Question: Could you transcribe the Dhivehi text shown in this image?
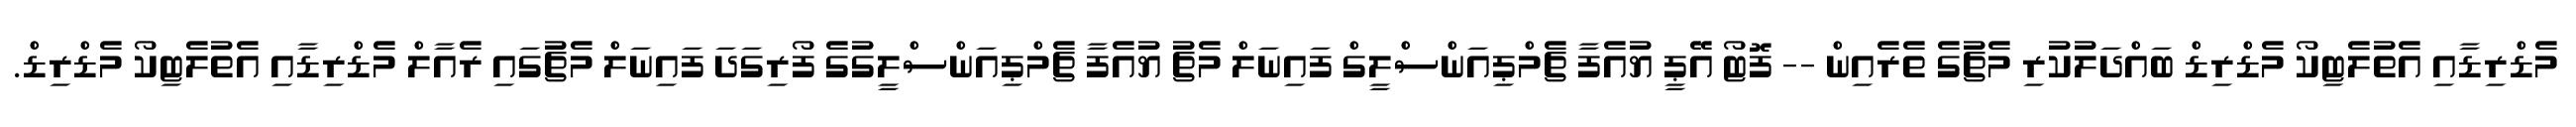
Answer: މެޑްރިޑާއި އެތުލެޓިކޯ މެޑްރިޑް ބައްދަލުކުރި މެޗުގެ ތެރެއިން -- ފޮޓޯ އޭޕީ ޔުއެފާ ޗެމްޕިއަންސްލީގް ފައިނަލް މެޗު ޔުއެފާ ޗެމްޕިއަންސްލީގުގެ ފޯރިގަދަ ފައިނަލް މެޗުގައި ރެއާލް މެޑްރިޑާއި އެތުލެޓިކޯ މެޑްރިޑް.